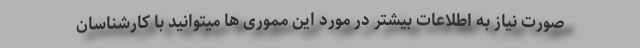
صورت نیاز به اطلاعات بیشتر در مورد این مموری ها میتوانید با کارشناسان